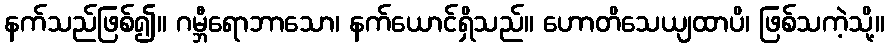
နက်သည်ဖြစ်၍။ ဂမ္ဘီရောဘာသော၊ နက်ယောင်ရှိသည်။ ဟောတိသေယျထာပိ၊ ဖြစ်သကဲ့သို့။